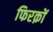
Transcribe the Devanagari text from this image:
फिरक़ों